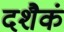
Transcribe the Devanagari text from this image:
दशैकं